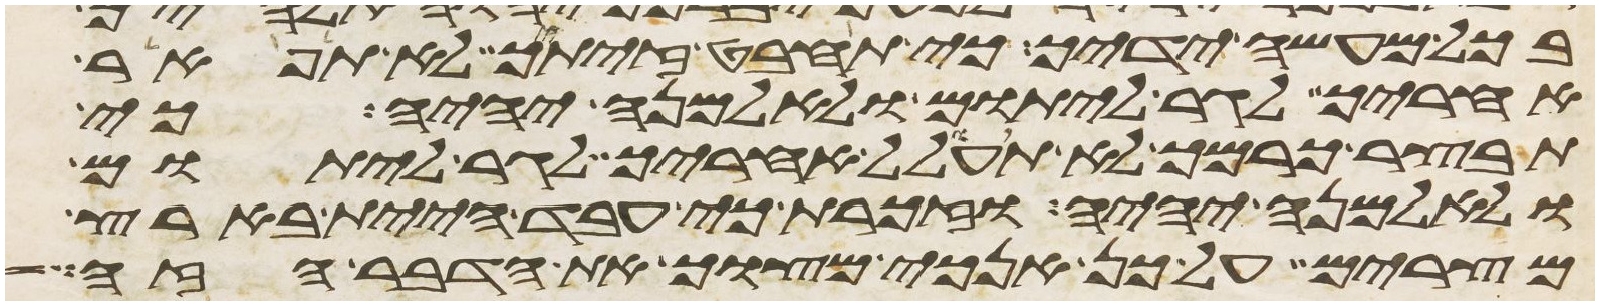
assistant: בכל מעשה ידיך כי תחבט זיתך לא תפאר
אחריך לגר ליתום ולאלמנה יהיה כי
תבצר כרמך לא תעולל אחריך לגר ליתום
ולאלמנה יהיה וזכרת כי עבד היית בארץ
מצרים על כן אנכי מצוך את הדבר הזה